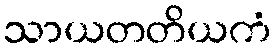
သာယတတိယကံ